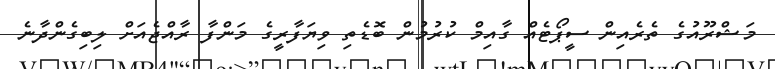
މަޝްރޫއުގެ ތެރެއިން ސީޕޯޓެއް ގާއިމް ކުރުމުން ބޮޑެތި ވިޔަފާރީގެ މަންފާ ރާއްޖެއަށް ލިބިގެންދާނެ